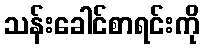
သန်းခေါင်စာရင်းကို